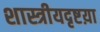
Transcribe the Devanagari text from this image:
शास्त्रीयदृष्टय़ा